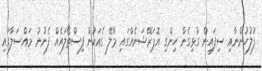
ފުލުހުންނާއި ސިފައިން ގުޅިގެން ހިންގި އޮޕަރޭޝަނެއްގައި މާލޭ ގެއަކުން ފިސްތޯލައެއް ފެނުނު މައްސަލާގައި